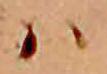
ハ